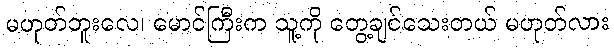
မဟုတ်ဘူးလေ၊ မောင်ကြီးက သူ့ကို တွေ့ချင်သေးတယ် မဟုတ်လား